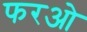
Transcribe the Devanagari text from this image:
फरओ